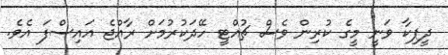
ދީޕިކާ ވަނީ މީގެ ކުރިން ވެސް ޗުއްޓީ ހޭދަކުރުމަށް ރާއްޖެ އައިސްފަ އެވެ.